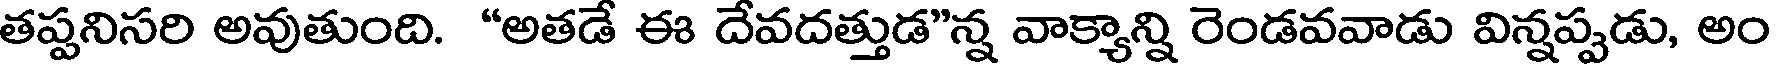
తప్పనిసరి అవుతుంది. "అతడే ఈ దేవదత్తుడ"న్న వాక్యాన్ని రెండవవాడు విన్నప్పడు, అం